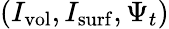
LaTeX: (I_{\mathrm{vol}},I_{\mathrm{surf}},\Psi_{t})